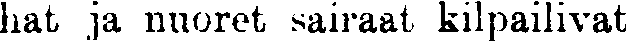
hat ja nuoret sairaat kilpailivat